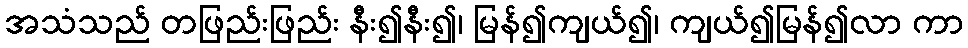
အသံသည် တဖြည်းဖြည်း နီး၍နီး၍၊ မြန်၍ကျယ်၍၊ ကျယ်၍မြန်၍လာ ကာ